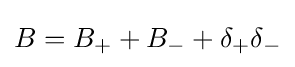
B=B_{+}+B_{-}+\delta _{+}\delta _{-}